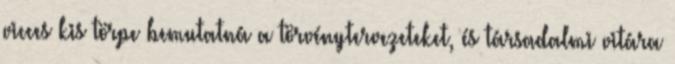
vicces kis törpe bemutatná a törvénytervezeteket, és társadalmi vitára